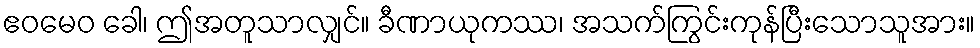
ဧဝမေဝ ခေါ၊ ဤအတူသာလျှင်။ ခီဏာယုကဿ၊ အသက်ကြွင်းကုန်ပြီးသောသူအား။